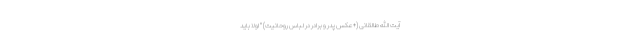
آیت الله طالقانی (+عکس پدر و برادر در لباس روحانیت) " اولاً باید